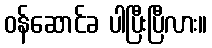
ဝန်ဆောင်ခ ပါပြီးပြီလား။